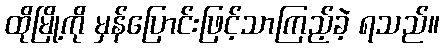
ထိုမြို့ကို မှန်ပြောင်းဖြင့်သာကြည့်ခဲ့ ရသည်။